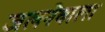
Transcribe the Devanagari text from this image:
जलनेवाला